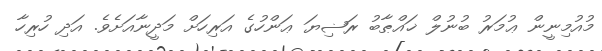
މުއުމިނީން ޢުމަރު ބުނުލް ޚައްޠާބު ރަޟިޔަ ޢަންހުގެ އަރިހަށް މަދީނާއަށެވެ. އަދި ހުރިހާ